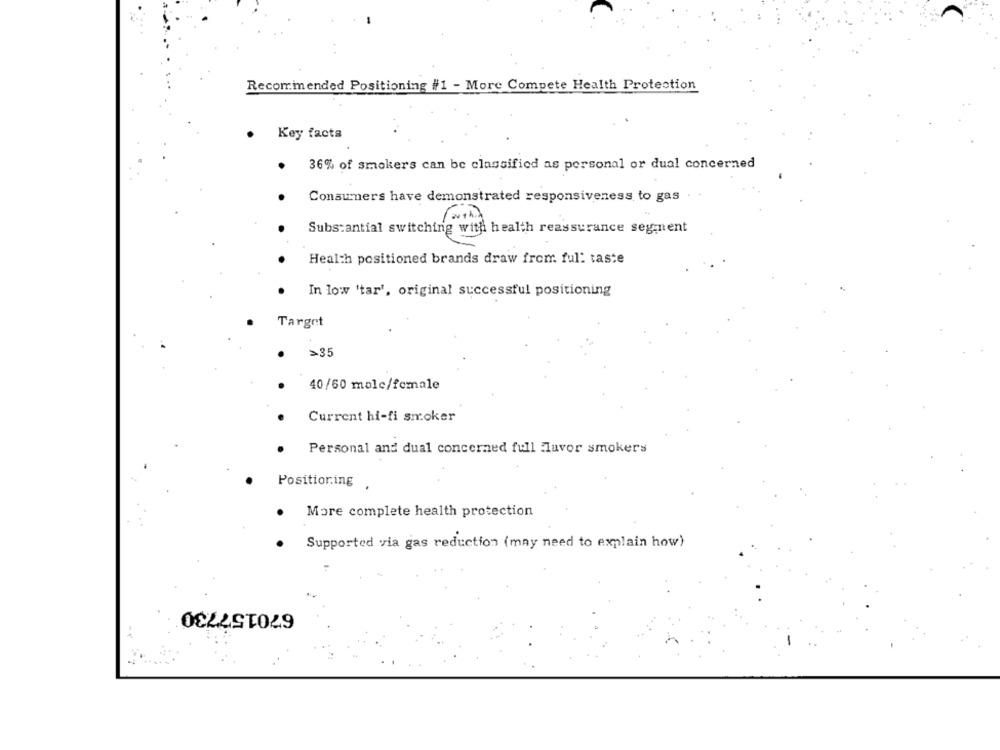
Recommended Positioning #1 - More Compete Health Protection
. Key facts
36% of smokers can be classified as personal or dual concerned
Consumers have demonstrated responsiveness to gas
Substantial switching with health reassurance segment
Health positioned brands draw from ful: taste
In low 'tar', original successful positioning
Target
· >35
40/60 malc/female
Current hi-fi smoker
Personal and dual concerned full Huvor smokers
Positioning .
More complete health protection
Supported via gas reduction (may need to explain how)
670157730